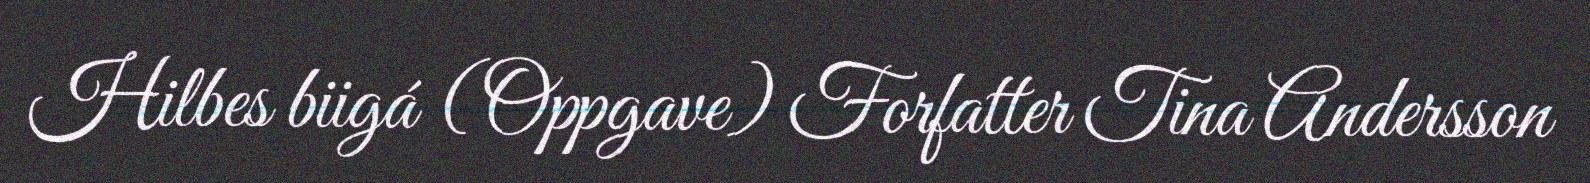
Hilbes biigá (Oppgave) Forfatter Tina Andersson